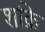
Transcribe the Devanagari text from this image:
शक्रि